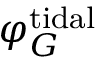
\varphi _ { G } ^ { \mathrm { t i d a l } }